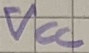
Text: VCC